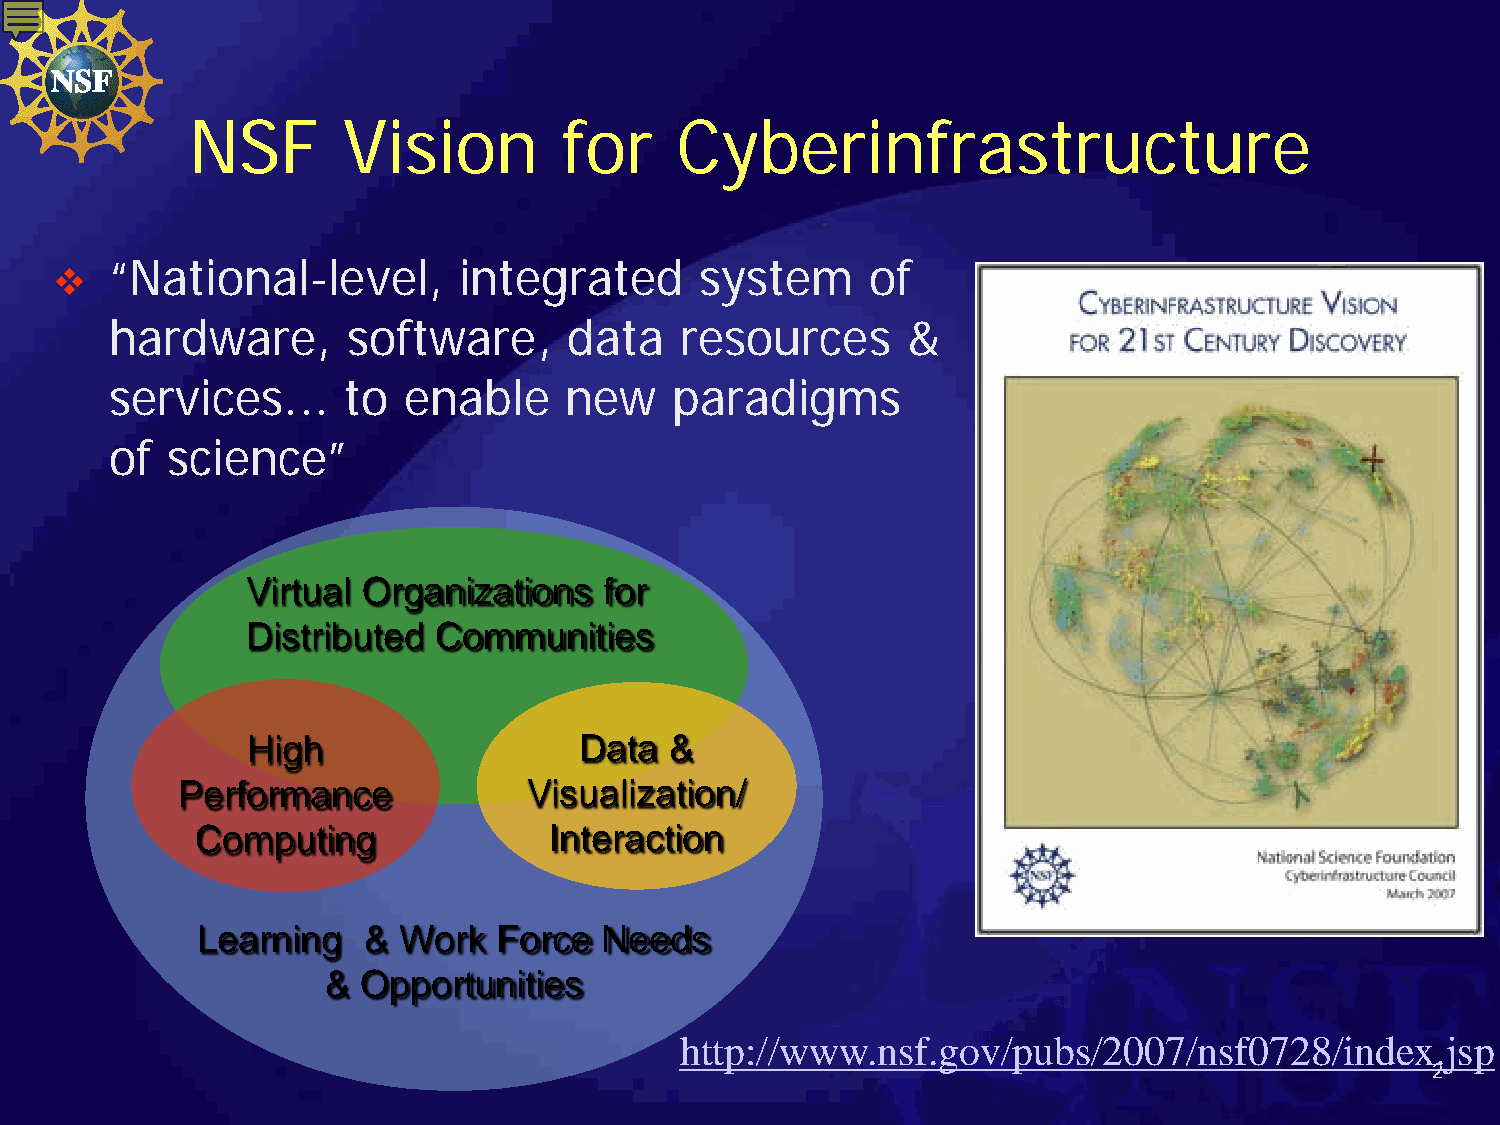
NSF        Vision        for     Cyberinfrastructure
 “National-level,       integrated      system      of
 
 hardware,       software,      data   resources      &
 services...     to  enable    new     paradigms
 of  science”
 Virtual Organizations   for
 Distributed  Communities
 High                  Data  &
 Performance            Visualization/
 Computing              Interaction
 Learning   & Work   Force  Needs
 & Opportunities
 http://www.nsf.gov/pubs/2007/nsf0728/index.jsp
 2